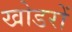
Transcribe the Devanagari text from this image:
खोडरों